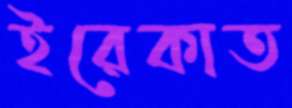
ইরেকাত